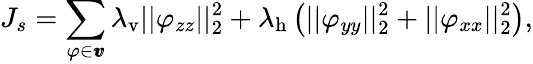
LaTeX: J_{s}=\sum_{\varphi\in\pmb{v}}\lambda_{\mathrm{v}}||\varphi_{zz}||_{2}^{2}+\lambda_{\mathrm{h}}\left(||\varphi_{yy}||_{2}^{2}+||\varphi_{xx}||_{2}^{2}\right),